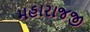
મહારાજજી